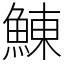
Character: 鯟